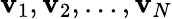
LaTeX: \mathbf{v}_{1},\mathbf{v}_{2},\dots,\mathbf{v}_{N}